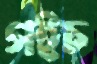
গইচ